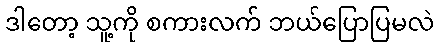
ဒါတော့ သူ့ကို စကားလက် ဘယ်ပြောပြမလဲ